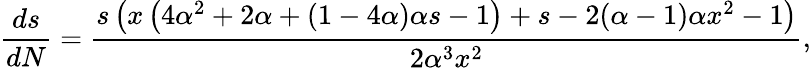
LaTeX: \frac{ds}{dN}=\frac{s\left(x\left(4\alpha^{2}+2\alpha+(1-4\alpha)\alpha s-1\right)+s-2(\alpha-1)\alpha x^{2}-1\right)}{2\alpha^{3}x^{2}},